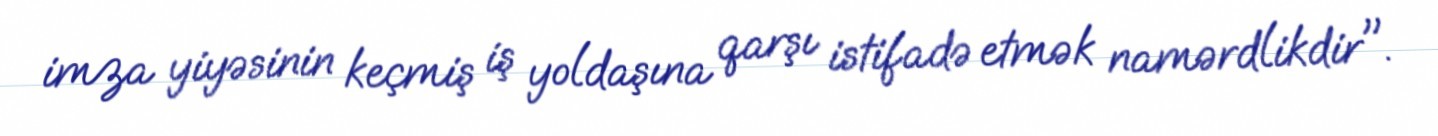
imza yiyəsinin keçmiş iş yoldaşına qarşı istifadə etmək namərdlikdir".